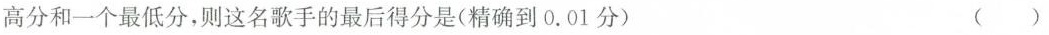
高分和一个最低分，则这名歌手的最后得分是(精确到0.01分) （）